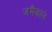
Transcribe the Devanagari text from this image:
जमैकाने